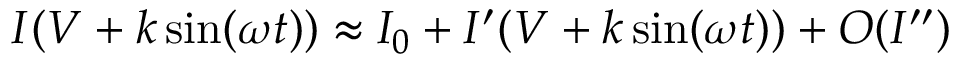
I ( V + k \sin ( \omega t ) ) \approx I _ { 0 } + I ^ { \prime } ( V + k \sin ( \omega t ) ) + O ( I ^ { \prime \prime } )